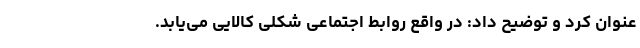
عنوان کرد و توضیح داد: در واقع روابط اجتماعی شکلی کالایی می‌یابد.